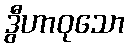
ဒွီဟာဝုသော